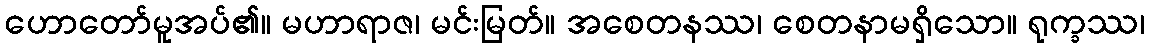
ဟောတော်မူအပ်၏။ မဟာရာဇ၊ မင်းမြတ်။ အစေတနဿ၊ စေတနာမရှိသော။ ရုက္ခဿ၊